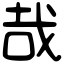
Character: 哉